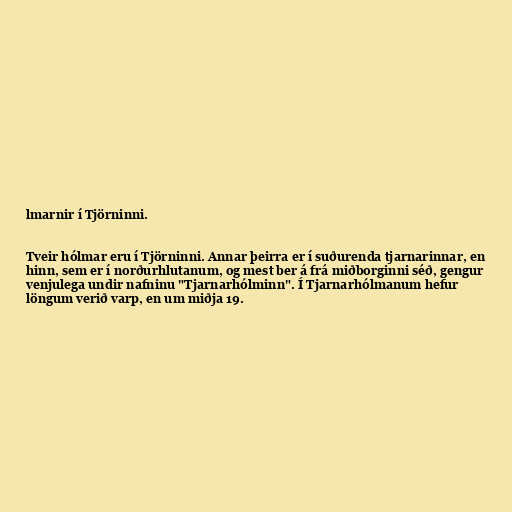
lmarnir í Tjörninni.

Tveir hólmar eru í Tjörninni. Annar þeirra er í suðurenda tjarnarinnar, en
hinn, sem er í norðurhlutanum, og mest ber á frá miðborginni séð, gengur
venjulega undir nafninu "Tjarnarhólminn". Í Tjarnarhólmanum hefur
löngum verið varp, en um miðja 19.